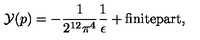
{ \cal Y } ( p ) = - \frac { 1 } { 2 ^ { 1 2 } \pi ^ { 4 } } \frac { 1 } { \epsilon } + \mathrm { f i n i t e p a r t } ,